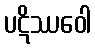
ပဋိဿဝေါ